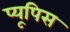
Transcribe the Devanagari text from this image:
प्यूपिस